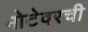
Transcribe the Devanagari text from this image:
मोटेवरची